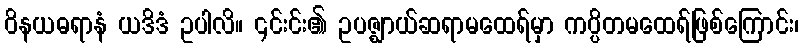
ဝိနယဓရာနံ ယဒိဒံ ဥပါလိ။ ၎င်းင်း၏ ဥပဇ္ဈာယ်ဆရာမထေရ်မှာ ကပ္ပိတမထေရ်ဖြစ်ကြောင်း၊